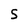
Character: S